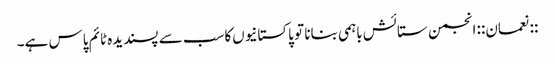
::نعمان:: انجمن ستائش باہمی بنانا تو پاکستانیوں‌کاسب سے پسندیدہ ٹائم پاس ہے۔